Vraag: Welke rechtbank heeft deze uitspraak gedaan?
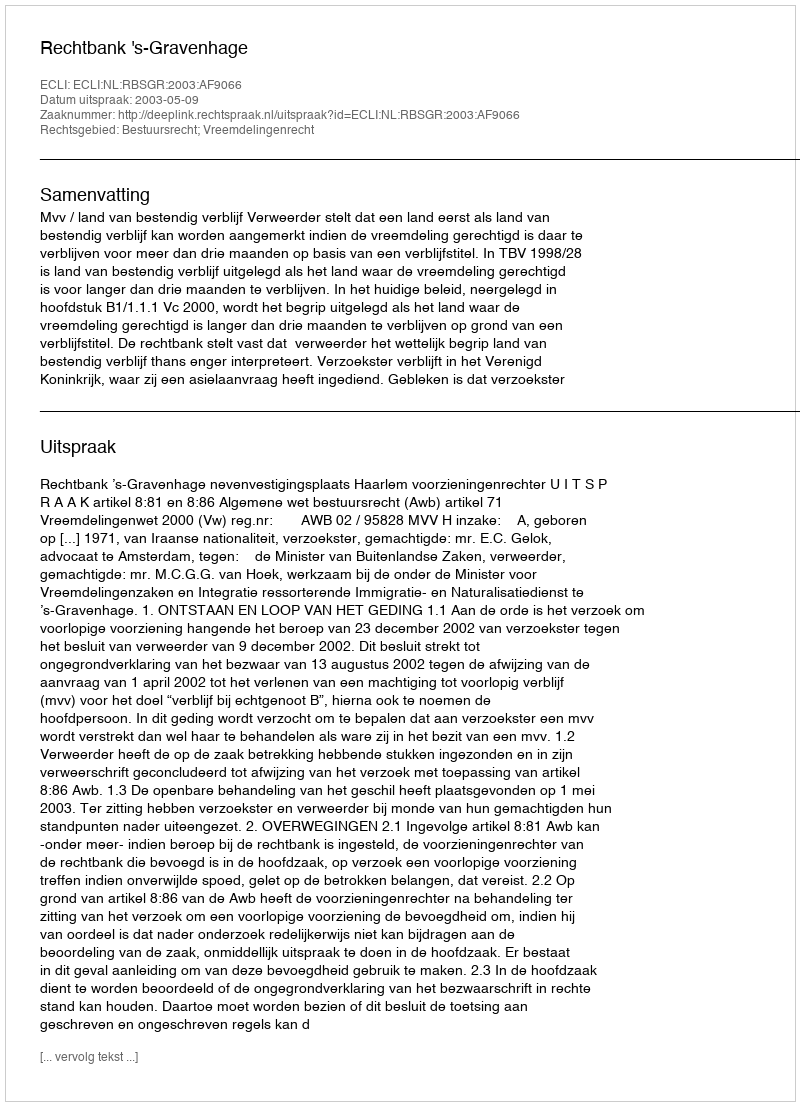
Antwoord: Rechtbank 's-Gravenhage